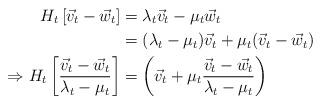
LaTeX: \begin{align*}H_t \left[ \vec{v}_t - \vec{w}_t \right] &= \lambda_t \vec{v}_t - \mu_t \vec{w}_t \\&= (\lambda_t - \mu_t) \vec{v}_t + \mu_t ( \vec{v}_t - \vec{w}_t) \\\Rightarrow H_t \left[ \frac{\vec{v}_t - \vec{w}_t}{\lambda_t - \mu_t} \right] &= \left( \vec{v}_t + \mu_t \frac{ \vec{v}_t - \vec{w}_t}{\lambda_t - \mu_t}\right)\end{align*}